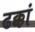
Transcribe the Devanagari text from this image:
ढक्कां